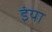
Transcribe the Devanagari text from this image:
इंया